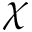
\chi